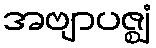
အဗျာပဇ္ဈံ